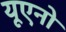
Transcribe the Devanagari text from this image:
यूएनो